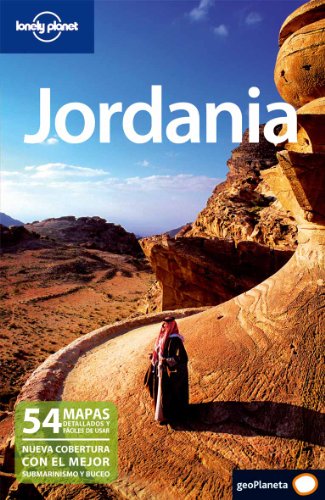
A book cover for Jordania (Country Guide) (Spanish Edition); MIDMIDE; Travel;